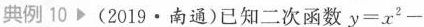
典例10(2019·南通)已知二次函数$$y=x^{2}-$$